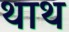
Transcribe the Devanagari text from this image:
थाथ